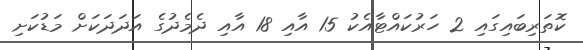
ކޮތަރިބައިގައި 2 ހަރުކައްޓާއެކު 15 އާއި 18 އާއި ދެމެދުގެ އަދަދަކަށް މަޑުކަށި